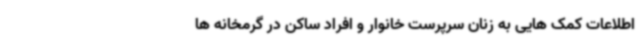
اطلاعات کمک هایی به زنان سرپرست خانوار و افراد ساکن در گرمخانه ها